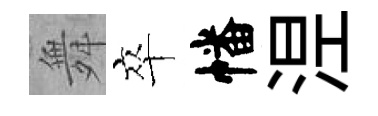
舞卒幡𣵀